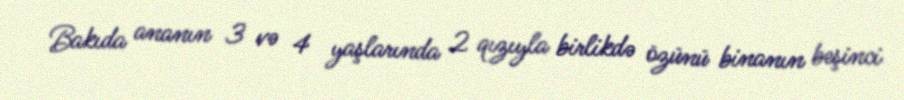
Bakıda ananın 3 və 4 yaşlarında 2 qızıyla birlikdə özünü binanın beşinci